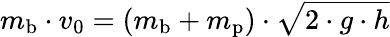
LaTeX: m_{\textrm{b}}\cdot v_{0}=(m_{\textrm{b}}+m_{\textrm{p}})\cdot{\sqrt{2\cdot g\cdot h}}